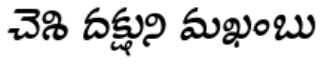
చెశి దక్షుని మఖంబు